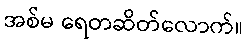
အစ်မ ရေတဆိတ်လောက်။